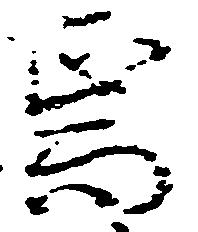
焉